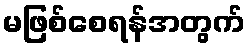
မဖြစ်စေရန်အတွက်